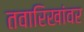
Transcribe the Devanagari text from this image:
तवारिखांवर